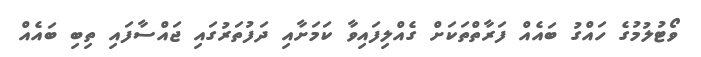
ވޯޓުލުމުގެ ހައްގު ބައެއް ފަރާތްތަކަށް ގެއްލިފައިވާ ކަމަށާއި ދަފުތަރުގައި ޖައްސާފައި ތިބި ބައެއް